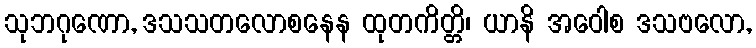
သုဘဂုဏော, ဒသသတလောစနေန ထုတကိတ္တိ၊ ယာနိ အဝေါစ ဒသဗလော,